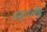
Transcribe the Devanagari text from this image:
ड्युशलैंड